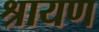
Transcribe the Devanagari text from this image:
श्रायण